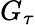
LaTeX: G_{\tau}